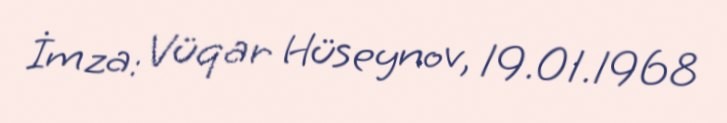
İmza: Vüqar Hüseynov, 19.01.1968